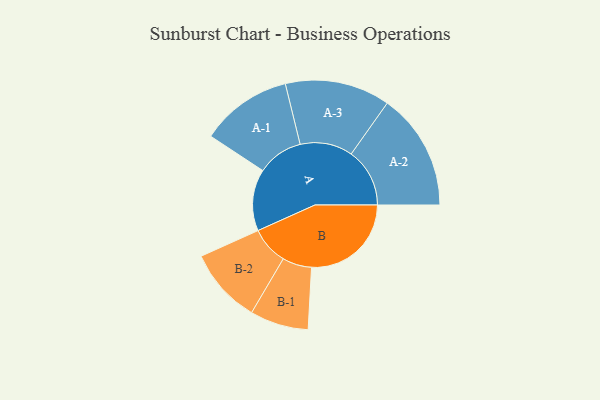
{"axis": {"x": "Segment", "y": "Value"}, "legend": ["", "A", "B"], "data": [{"x": "A", "y": 238, "type": ""}, {"x": "B", "y": 385, "type": ""}, {"x": "A-1", "y": 177, "type": "A"}, {"x": "A-2", "y": 226, "type": "A"}, {"x": "A-3", "y": 203, "type": "A"}, {"x": "B-1", "y": 113, "type": "B"}, {"x": "B-2", "y": 146, "type": "B"}]}